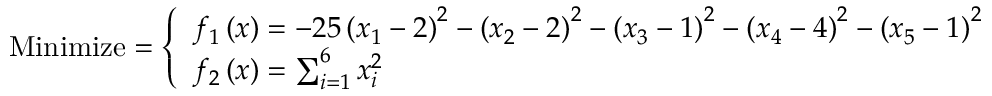
{ \mathrm { M i n i m i z e } } = { \left\{ \begin{array} { l l } { f _ { 1 } \left( { \boldsymbol { x } } \right) = - 2 5 \left( x _ { 1 } - 2 \right) ^ { 2 } - \left( x _ { 2 } - 2 \right) ^ { 2 } - \left( x _ { 3 } - 1 \right) ^ { 2 } - \left( x _ { 4 } - 4 \right) ^ { 2 } - \left( x _ { 5 } - 1 \right) ^ { 2 } } \\ { f _ { 2 } \left( { \boldsymbol { x } } \right) = \sum _ { i = 1 } ^ { 6 } x _ { i } ^ { 2 } } \end{array} \right. }